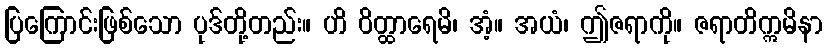
ပြကြောင်းဖြစ်သော ပုဒ်တို့တည်း။ ဟိ ဝိတ္ထာရေမိ၊ အံ့။ အယံ၊ ဤဇရာကို။ ဇရာတိဣမိနာ